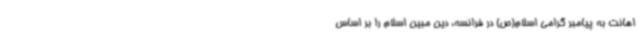
اهانت به پیامبر گرامی اسلام(ص) در فرانسه، دین مبین اسلام را بر اساس